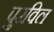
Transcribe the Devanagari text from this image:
पुरविल